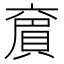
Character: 𠆄